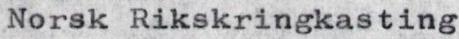
Norsk Rikskringkasting